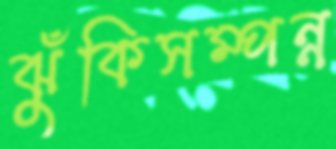
ঝুঁকিসম্পন্ন